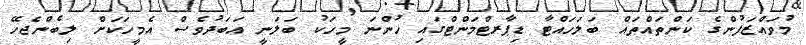
މުވައްޒަފުންގެ ކަންތައްތައް ބަލަހައްޓާ ޑިޕާރޓްމަންޓްގައި ހުންނަ މީހަކު ބަލަނީ އަބަދުވެސް އެމީހަކަށް ލިބެންޖެހޭ